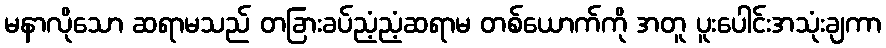
မနာလိုသော ဆရာမသည် တခြားခပ်ညံ့ညံ့ဆရာမ တစ်ယောက်ကို အတူ ပူးပေါင်းအသုံးချကာ